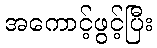
အကောင့်ဖွင့်ပြီး